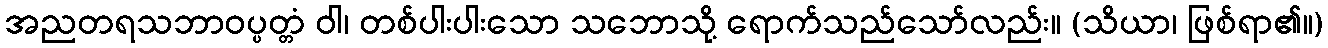
အညတရသဘာဝပ္ပတ္တံ ဝါ၊ တစ်ပါးပါးသော သဘောသို့ ရောက်သည်သော်လည်း။ (သိယာ၊ ဖြစ်ရာ၏။)